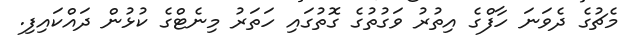
މެޗުގެ ދެވަނަ ހާފްގެ އިތުރު ވަގުތުގެ ގޮތުގައި ހަތަރު މިނެޓްގެ ކުޅުން ދައްކައިފި.